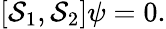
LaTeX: \lbrack\mathcal{S}_{1},\mathcal{S}_{2}]\psi=0.